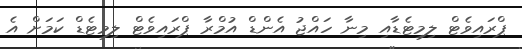
ޕްރައިވެޓް ލިމިޓެޑާއި މިނާ ހައްޖު އެންޑް އުމްރާ ޕްރައިވެޓް ލިމިޓެޑް ކަމަށް އެ